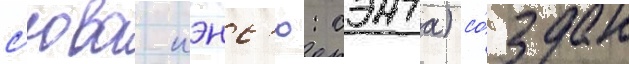
с'юва кэнс'ю: сэнта) со́здан